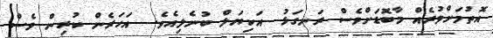
އޮތުމަށްވުރެއް މާބޮޑަށްވެސް ރަނގަޅު  އަކިޔަލް ބުނެލިއެވެ.  އަހަރެން ކުރިން ވެސް